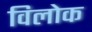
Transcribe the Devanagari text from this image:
विलोक